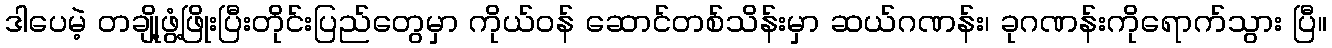
ဒါပေမဲ့ တချို့ဖွံ့ဖြိုးပြီးတိုင်းပြည်တွေမှာ ကိုယ်ဝန် ဆောင်တစ်သိန်းမှာ ဆယ်ဂဏန်း၊ ခုဂဏန်းကိုရောက်သွား ပြီ။